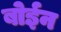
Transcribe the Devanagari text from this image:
बोईन